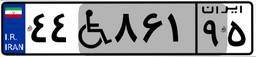
۴۴W۸۶۱۹۵